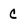
Character: C